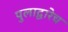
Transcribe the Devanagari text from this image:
पुलाद्वारेच